Leningradi_Edasi_toimetus, lk 79
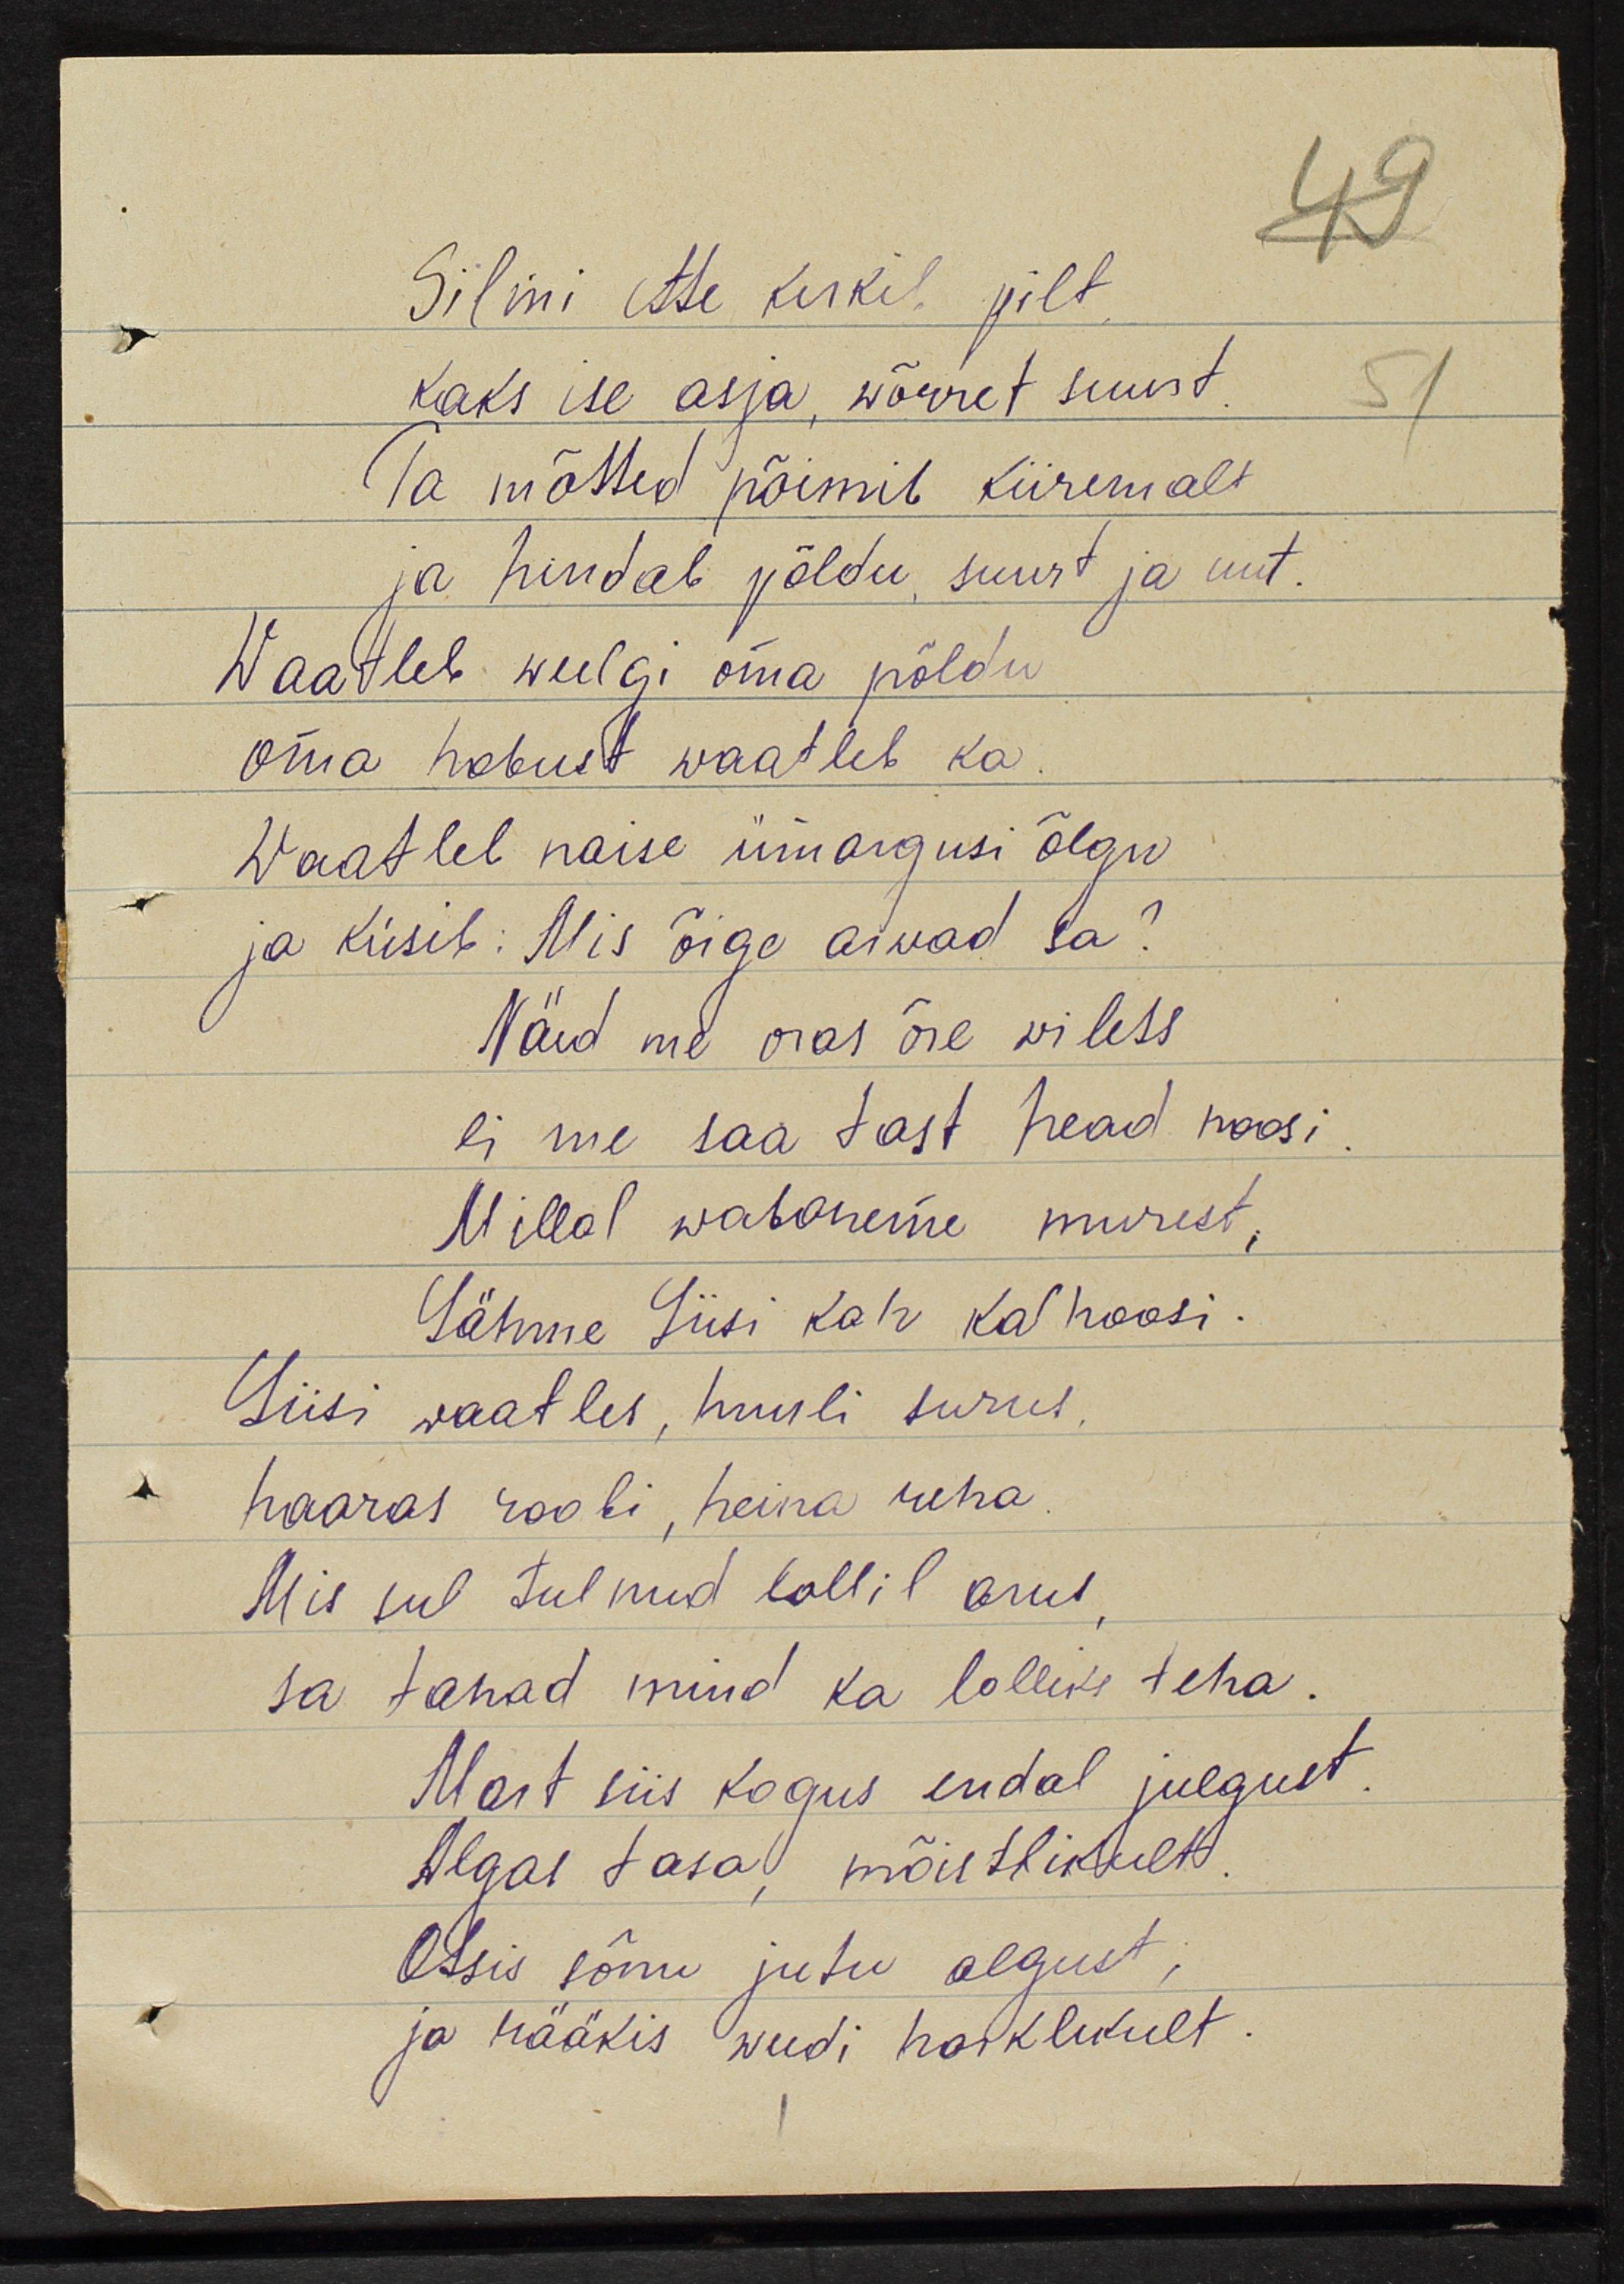
Silmi ette kerkib pilt
kaks ise asja, wõrret suurt.
Ta mõtted põimib kiiremalt
ja hindab põllu suurt ja uut.
Waatleb weelgi oma põldu
oma hobust waatleb ka.
Waatleb naise ümargusi õlgu
ja küsib: Mis õige arwad sa?
Näid me oras õie wilets
ei me saa tast head noosi
Millal wabaneme murest,
Lähme Liisi kah kolhoosi.
Liisi waatles, huuli surus
haaras rooki, heina reha
Mis sul tulnud kallil arus
sa tahad mind ka lolliks teha.
tahad mind ka lolliks teha.
Mart siis kogus endal julgust
Algas tasa, mõistlikult
Otsis sõnu jutu algust;
ja rääkis weedi harklikult.